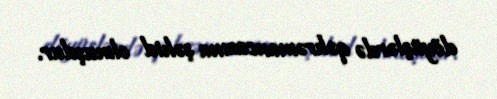
döyüşlərdə qəhrəmancasına şəhid olmuşdur.